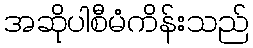
အဆိုပါစီမံကိန်းသည်